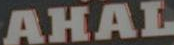
AHAL